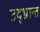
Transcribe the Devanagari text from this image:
उद्‌भ्रान्त